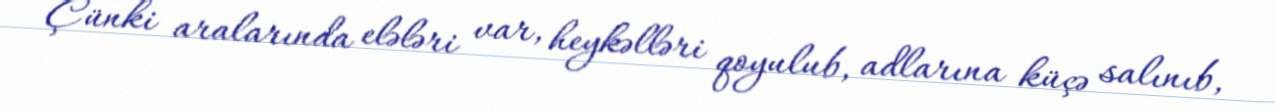
Çünki aralarında elələri var, heykəlləri qoyulub, adlarına küçə salınıb,